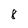
Character: 8